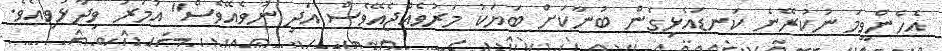
އެހެންވީމަ ނުކުރޭނެ ކަނޑައެޅިގެން ބުނާކަށް ބަޔަކު މަރުވެއްޖެއޭވެސް އަދި ނުވެއޭވެސް" އުމަރު ވިދާޅުވިއެވެ.